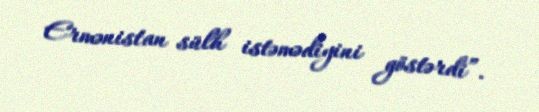
Ermənistan sülh istəmədiyini göstərdi”.